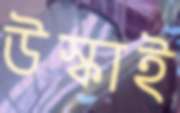
উস্‌কাই